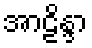
အာဠိန္ဒာ